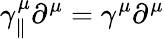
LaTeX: \gamma_{\parallel}^{\mu}\partial^{\mu}=\gamma^{\mu}\partial^{\mu}